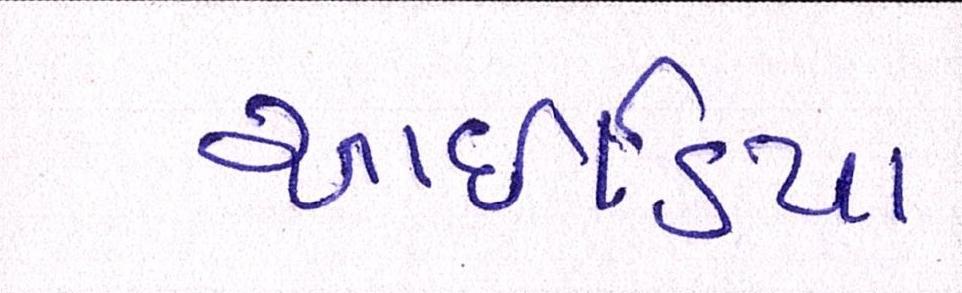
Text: આઇડિયા